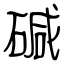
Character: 碱